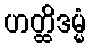
ဟတ္ထိဒမ္မံ